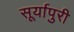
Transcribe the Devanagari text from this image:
सूर्यापुरी